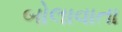
બોલાવાતા